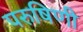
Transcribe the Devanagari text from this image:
परुषिणी